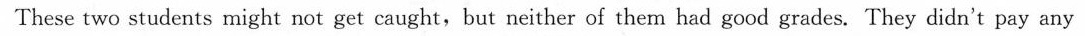
These two students might not get caught,but neither of them had good grades. They didn't pay any